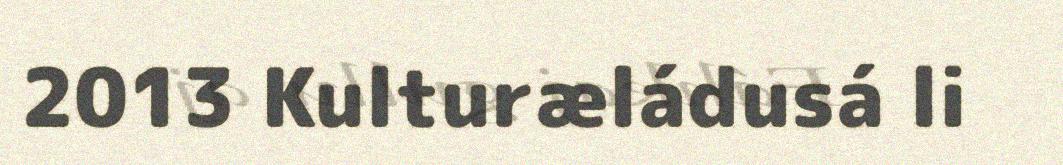
2013 Kulturæládusá li